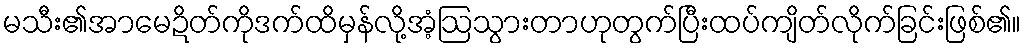
မသီး၏အာမေဍိတ်ကိုဒက်ထိမှန်လို့အံ့ဩသွားတာဟုတွက်ပြီးထပ်ကျိတ်လိုက်ခြင်းဖြစ်၏။